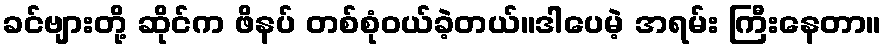
ခင်ဗျားတို့ ဆိုင်က ဖိနပ် တစ်စုံဝယ်ခဲ့တယ်။ဒါပေမဲ့ အရမ်း ကြီးနေတာ။